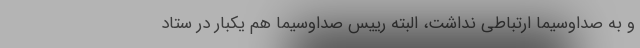
و به صداوسیما ارتباطی نداشت، البته رییس صداوسیما هم یکبار در ستاد